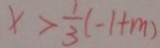
x > \frac { 1 } { 3 } ( - 1 + m )